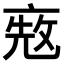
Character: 𠅨